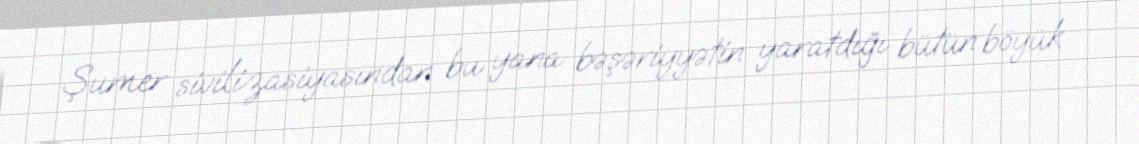
Şumer sivilizasiyasından bu yana bəşəriyyətin yaratdığı bütün böyük